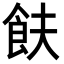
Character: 𬲋